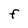
Character: F